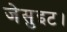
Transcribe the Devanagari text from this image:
जेसुइट।